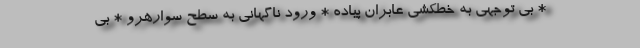
* بی توجهی به خطکشی عابران پیاده * ورود ناگهانی به سطح سوارهرو * بی